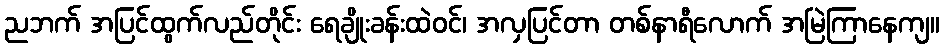
ညဘက် အပြင်ထွက်လည်တိုင်း ရေချိုးခန်းထဲဝင်၊ အလှပြင်တာ တစ်နာရီလောက် အမြဲကြာနေကျ။